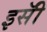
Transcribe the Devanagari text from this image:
इसॅी